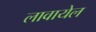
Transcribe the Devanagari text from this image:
लावायेल